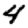
Digit: 4